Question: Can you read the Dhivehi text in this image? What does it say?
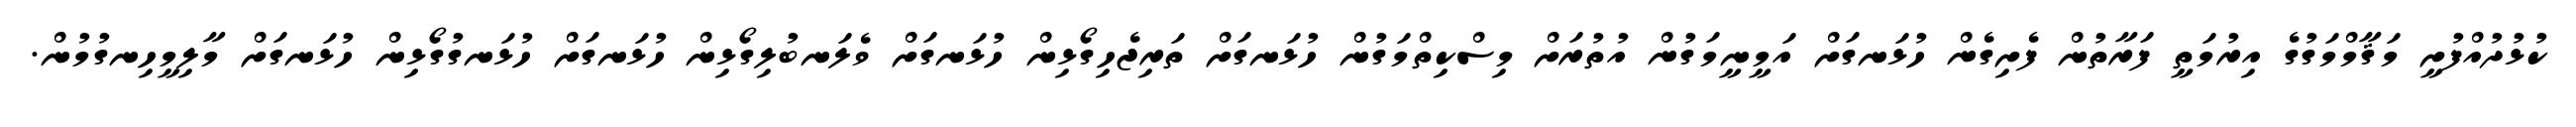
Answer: ކުޅުދުއްފުށީ މަޤާމްމަގުގެ އިރުމަތީ ފަރާތުން ފެށިގެން ހުޅަނގަށް އަމީނީމަގުން އުތުރަށް މިސްކިތްމަގުން ހުޅަނގަށް ތަރިޖެހިގޯޅިން ހުޅަނގަށް ވެލަނބުލިގޯޅިން ހުޅަނގަށް ހުޅަނގުގޯޅިން ހުޅަނގަށް މާލިމީހިނގުމުން.